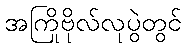
အကြိုဗိုလ်လုပွဲတွင်